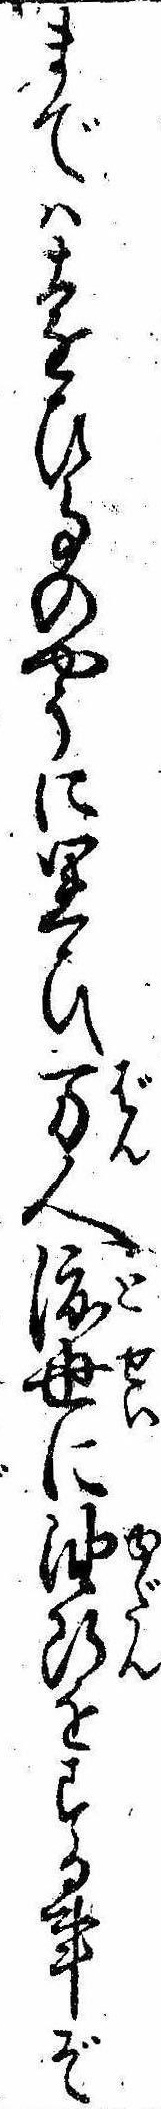
までは遠ひ事のやうに思ひ万人渡世に油断をする事ぞ